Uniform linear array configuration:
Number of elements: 48
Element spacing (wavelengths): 0.5
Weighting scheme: cosine
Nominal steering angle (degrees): -30
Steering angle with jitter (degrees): -30.819
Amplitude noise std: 0.05
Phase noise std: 0.05

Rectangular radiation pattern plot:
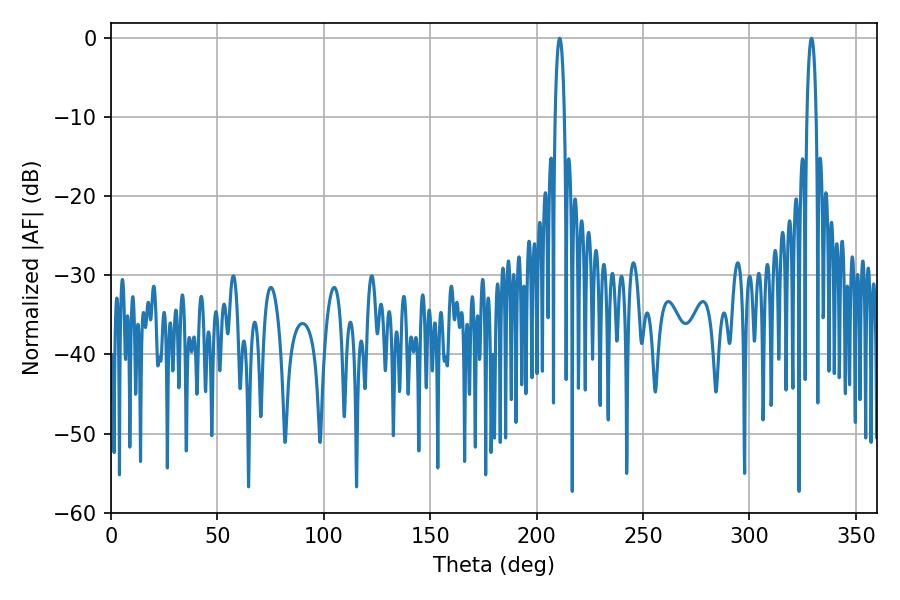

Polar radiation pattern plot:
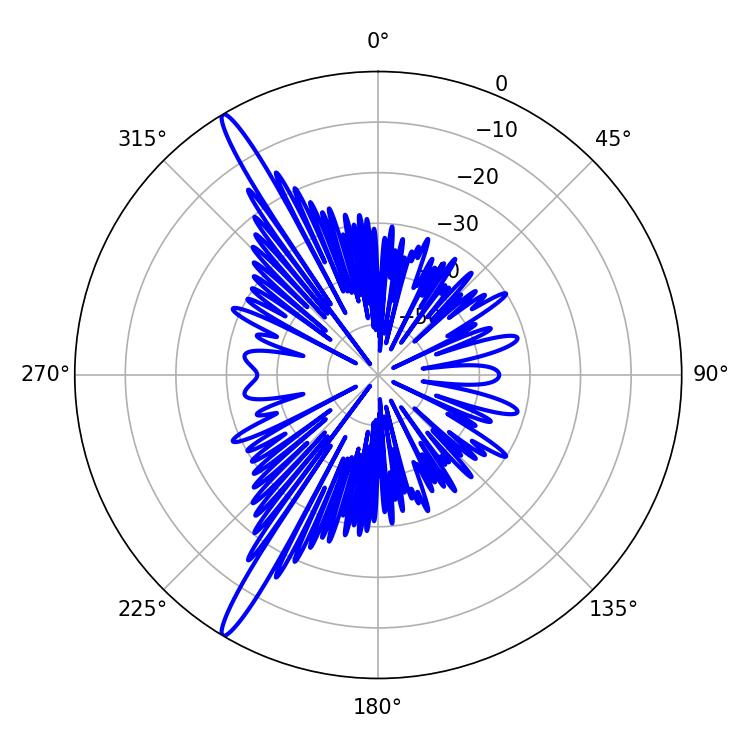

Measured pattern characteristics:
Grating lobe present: FALSE
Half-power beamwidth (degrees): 2.34
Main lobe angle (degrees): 210.78